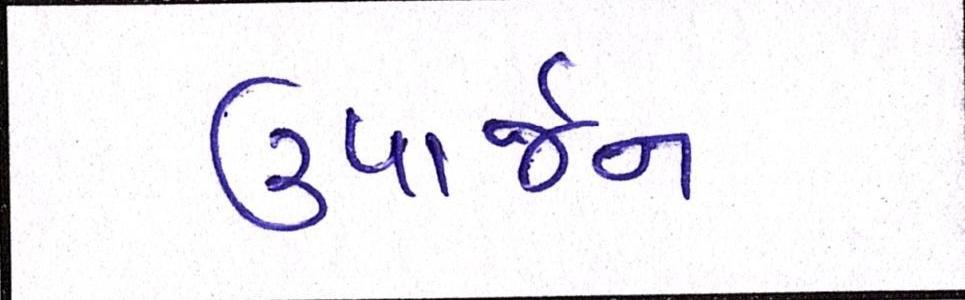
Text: ઉપાર્જન